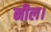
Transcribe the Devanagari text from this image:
नील।